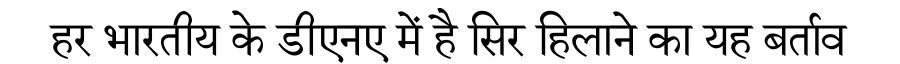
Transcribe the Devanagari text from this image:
हर भारतीय के डीएनए में है सिर हिलाने का यह बर्ताव